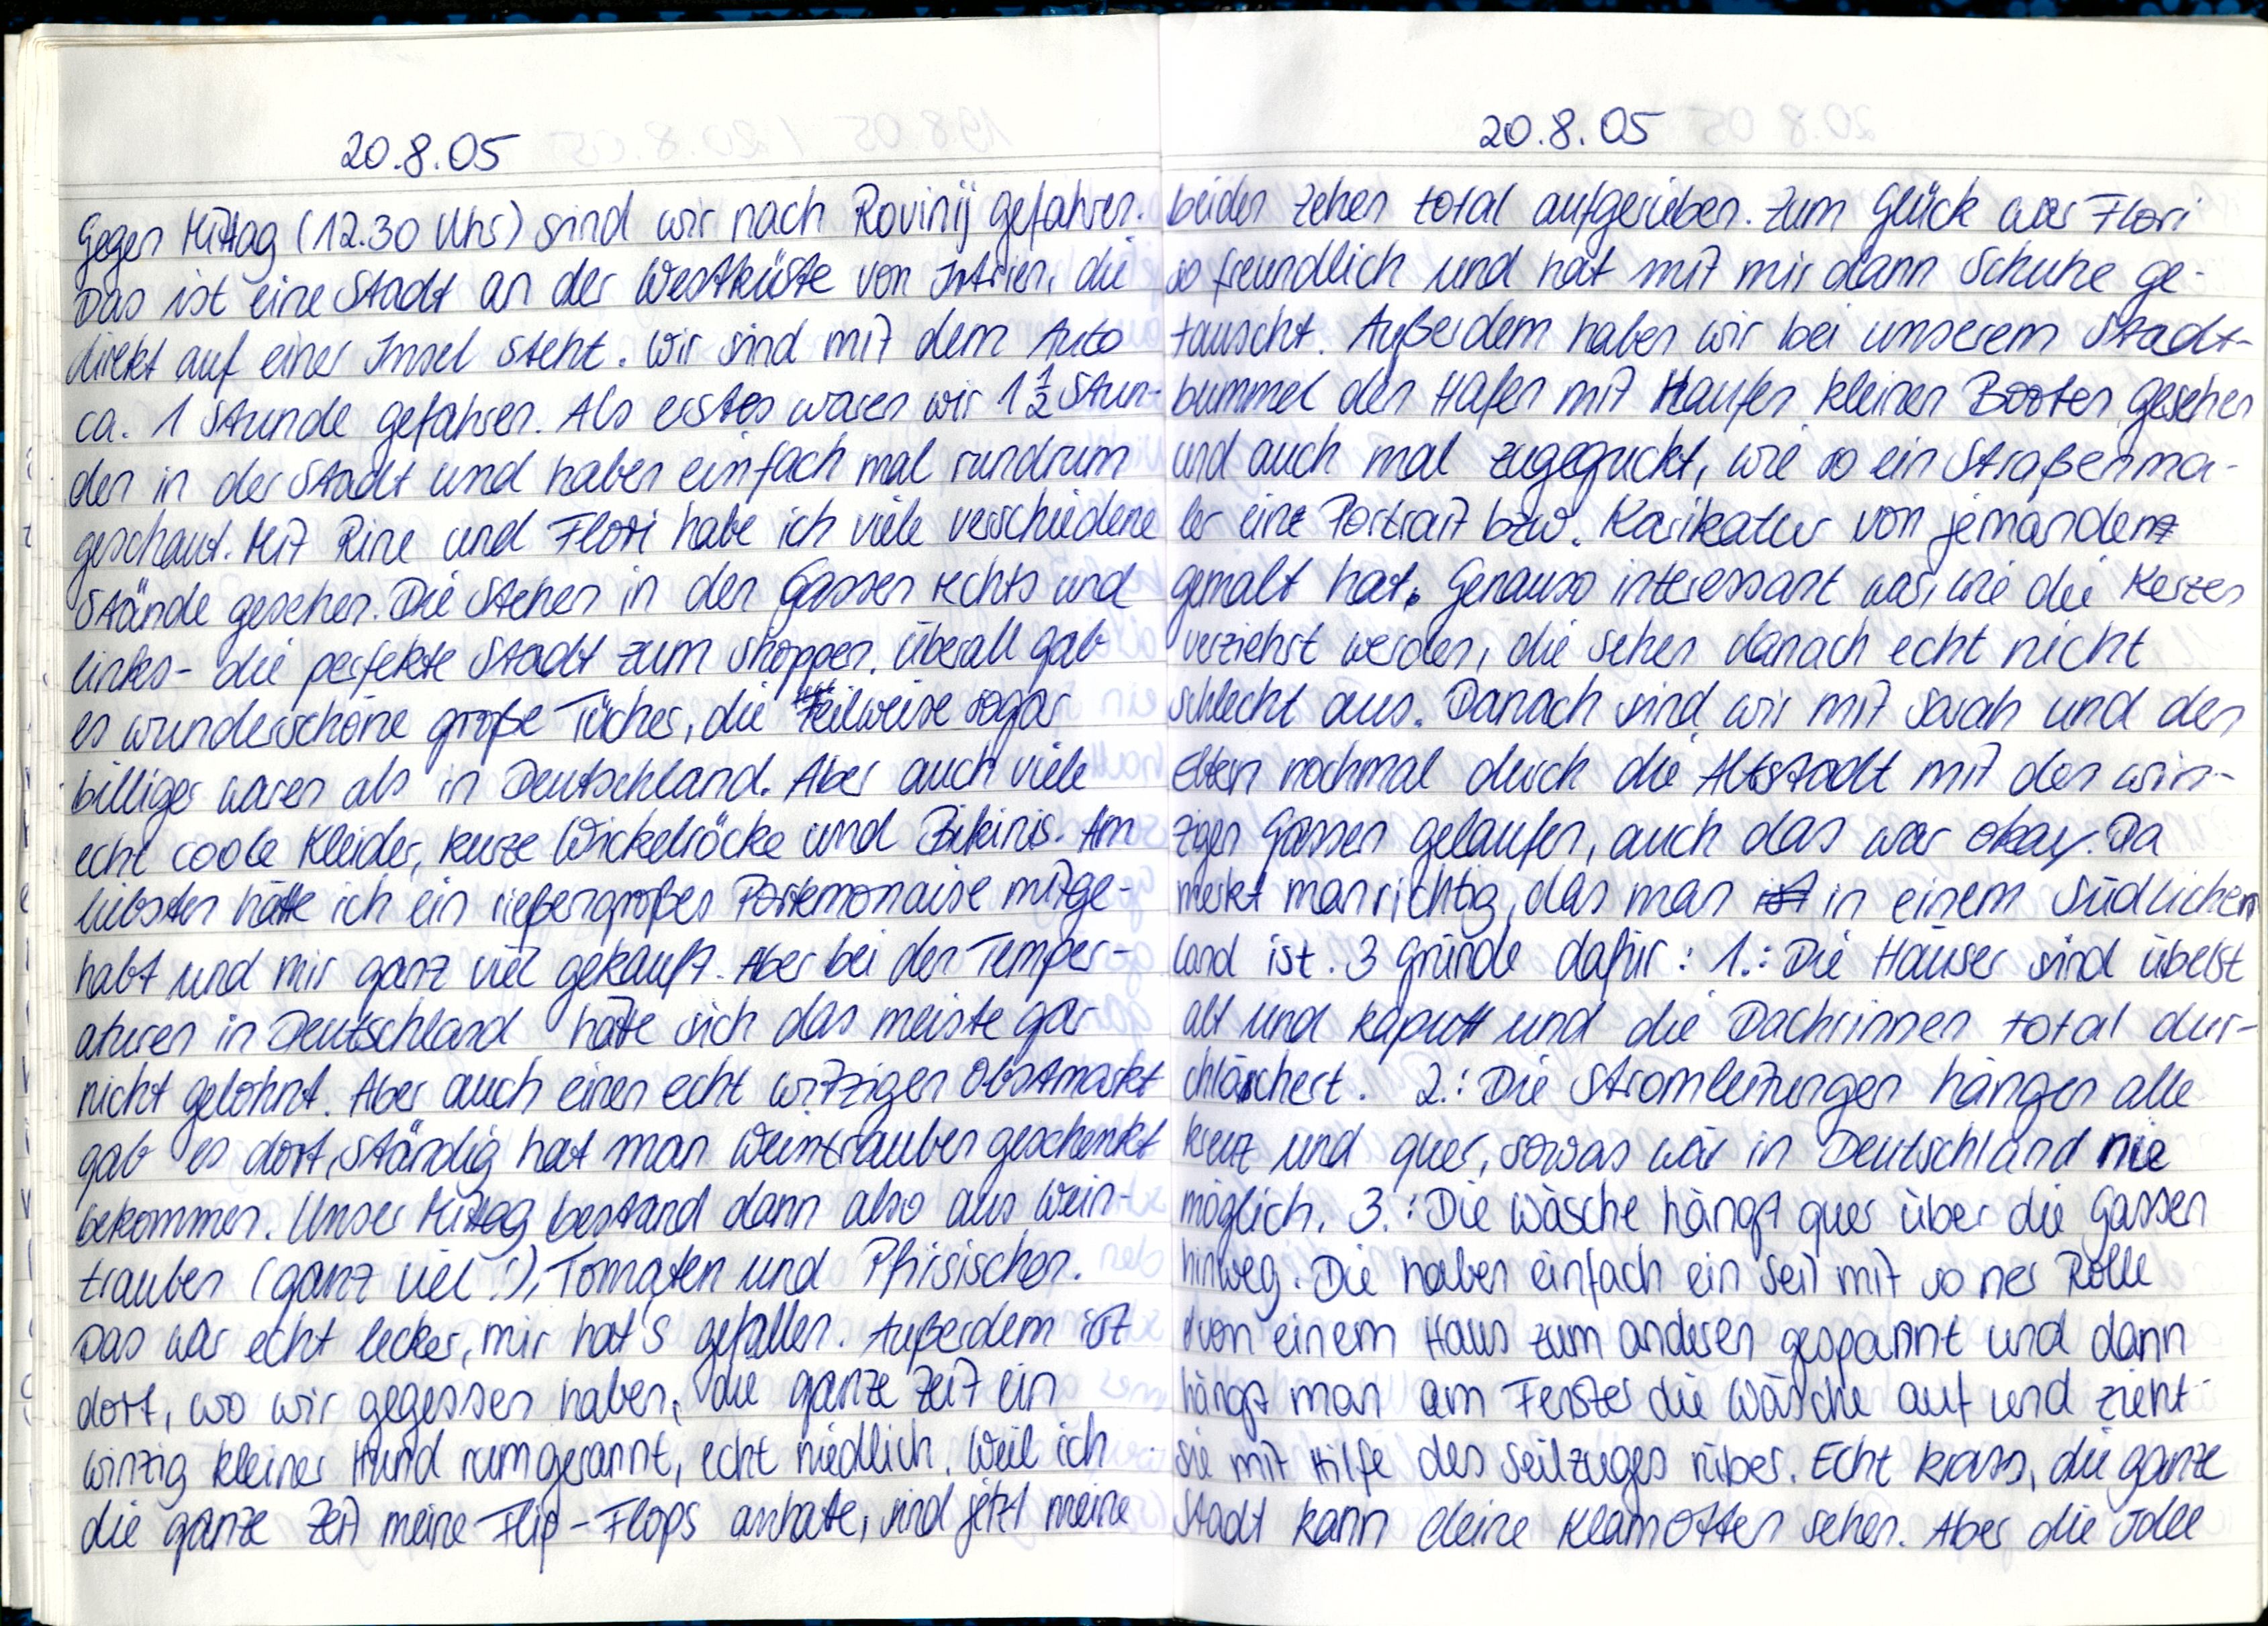
20.8.05
Gegen Mittag (12.30 Uhr) sind wir nach Rovinij gefahren
Das ist eine Stadt an der Westküste von Istrien, die
direkt auf einer Insel steht. Wir sind mit dem Auto
ca. 1 Stunde gefahren. Als erstes waren wir 1½ Stun-
den in der Stadt und haben einfach mal rundrum
geschaut. Mit Rine und Flori habe ich viele verschiedene
Stände gesehen. Die Stehen in den Gassen rechts und
links - die perfekte Stadt zum shoppen. Überall gab
es wunderschöne große Tücher, die Teilweise sogar
billiger waren als in Deutschland. Aber auch viele
echt coole Kleider, kurze Wickelröcke und Bikinis. Am
liebsten hätte ich ein rießengroßes Portemonaise mitge-
habt und mir ganz viel gekauft. Aber bei den Temper-
aturen in Deutschland hätte sich das meiste gar
nicht gelohnt. Aber auch einen echt witzigen Obstmarkt
gab es dort, ständig hat man Weintrauben geschenkt
bekommen. Unser Mittag bestand dann also aus Wein-
trauben (ganz viel!), Tomaten und Pfirsischen.
Das war echt lecker, mir hat's gefallen. Außerdem ist
dort, wo wir gegessen haben, die ganze Zeit ein
winzig kleiner Hund rumgerannt, echt niedlich. Weil ich
die ganze Zeit meine Flip-Flops anhatte, sind jetzt meine

20.8.05
beiden Zehen total aufgerieben. Zum Glück war Flori
so freundlich und hat mit mir dann Schuhe ge-
tauscht. Außerdem haben wir bei unserem Stadt-
bummel den Hafen mit Haufen kleinen Booten gesehen
und auch mal zugeguckt, wie so ein Straßenma-
ler ein Portrait bzw. Karikatur von jemanden
gemalt hat. Genauso interessant war, wie die Kerzen
verziehrt werden, die sehen danach echt nicht
schlecht aus. Danach sind wir mit Sarah und den
Eltern nochmal durch die Altstat mit den win-
zigen Gassen gleaufen, auch das war okay. Da
merkt man richtig, das man in einem südlichen
Land ist. 3 Gründe dafür: 1.: Die Häuser sind übelst
alt und kaputt und die Dachrinnen total dur-
chlöchert. 2.: Die Stromleitungen hängen alle
kreuz und quer, sowas wär in Deutschland nie
möglich. 3.: Die Wäsche hängt quer über die Gassen
hinweg. Die haben einfach ein Seil mit so ner Rolle
von einem Haus zum anderen gespannt und dann
hängt man am Fenster die Wäsche auf und zieht
sie mit Hilfe des Seilzuges rüber. Echt krass, die ganze
Stadt kann deine Klamotten sehen. Aber die Idee